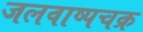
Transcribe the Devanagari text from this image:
जलवाष्पचक्र